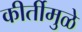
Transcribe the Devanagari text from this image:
कीर्तीमुळे